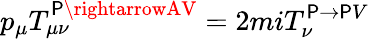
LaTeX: p_{\mu}T_{\mu\nu}^{\mathsf{P}\rightarrowAV}=2miT_{\nu}^{\mathsf{P}\rightarrow\mathsf{P}V}